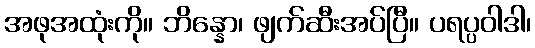
အဖုအထုံးကို။ ဘိန္နော၊ ဖျက်ဆီးအပ်ပြီ။ ပရပ္ပဝါဒါ၊